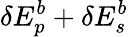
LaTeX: \delta E_{p}^{b}+\delta E_{s}^{b}